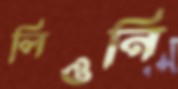
লিওনি